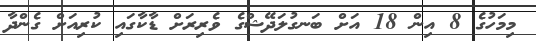
މިމަހުގެ 8 އިން 18 އަށް ބަނގުލަދޭޝްގެ ވެރިރަށް ޑާކާގައި ކުރިއަށް ގެންދާ